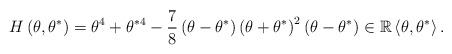
LaTeX: \begin{align*}H\left( \theta,\theta^{\ast}\right) =\theta^{4}+\theta^{\ast4}-\frac{7}{8}\left( \theta-\theta^{\ast}\right) \left( \theta+\theta^{\ast}\right)^{2}\left( \theta-\theta^{\ast}\right) \in\mathbb{R}\left\langle\theta,\theta^{\ast}\right\rangle . \end{align*}